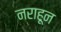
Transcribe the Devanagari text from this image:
नराहून